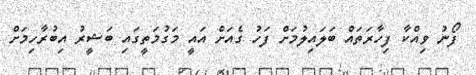
ފޯނު ވިއްކާ ފިހާރަތައް ބަލައިލުމަށް ފަހު ގެއަށް އައީ މަގުމަތީގައި ބަޝީރު އިބުރާހިމަށް